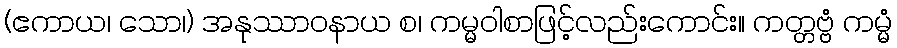
(ဧကာယ၊ သော၊) အနုဿာဝနာယ စ၊ ကမ္မဝါစာဖြင့်လည်းကောင်း။ ကတ္တဗ္ဗံ ကမ္မံ